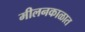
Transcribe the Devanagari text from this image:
मीलनकाळात